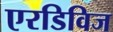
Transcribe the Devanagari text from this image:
एरडिविज